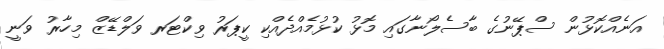
އަނެއްކޮޅުން ސްޕޭނުގެ ބާސެލޯނާގައި މޮޅު ކުޅުމެއްދެއްކި ކީޕަރު ވިކްޓަރ ވަލްޑޭޒް މިހާރު ވަނީ